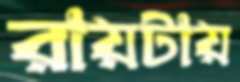
রায়টায়